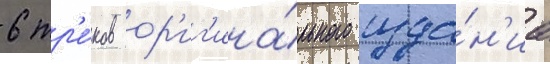
6 тр'е́ков ор'иг'ина́льного изда́н'иа